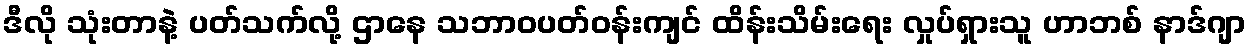
ဒီလို သုံးတာနဲ့ ပတ်သက်လို့ ဌာနေ သဘာဝပတ်ဝန်းကျင် ထိန်းသိမ်းရေး လှုပ်ရှားသူ ဟာဘစ် နာဒ်ဂျာ